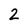
Character: 2